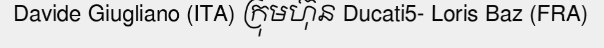
Davide Giugliano (ITA) ក្រុមហ៊ុន Ducati5- Loris Baz (FRA)